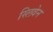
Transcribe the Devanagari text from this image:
स्लिवेन